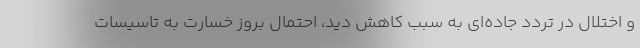
و اختلال در تردد جاده‌ای به سبب کاهش دید، احتمال بروز خسارت به تاسیسات